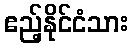
ဧည့်နိုင်ငံသား